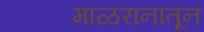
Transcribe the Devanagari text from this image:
माळरानातून